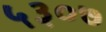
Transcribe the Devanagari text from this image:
५३०७